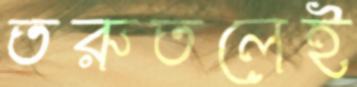
তরুতলেই